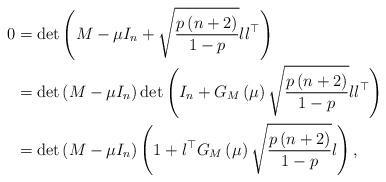
LaTeX: \begin{align*}0 & =\det\left(M-\mu I_{n}+\sqrt{\frac{p\left(n+2\right)}{1-p}}ll^{\top}\right)\\ & =\det\left(M-\mu I_{n}\right)\det\left(I_{n}+G_{M}\left(\mu\right)\sqrt{\frac{p\left(n+2\right)}{1-p}}ll^{\top}\right)\\ & =\det\left(M-\mu I_{n}\right)\left(1+l^{\top}G_{M}\left(\mu\right)\sqrt{\frac{p\left(n+2\right)}{1-p}}l\right),\end{align*}